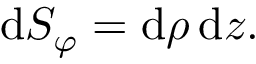
\mathrm { d } S _ { \varphi } = \mathrm { d } \rho \, \mathrm { d } z .